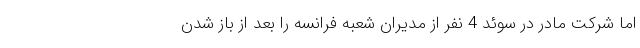
اما شرکت مادر در سوئد 4 نفر از مدیران شعبه فرانسه را بعد از باز شدن